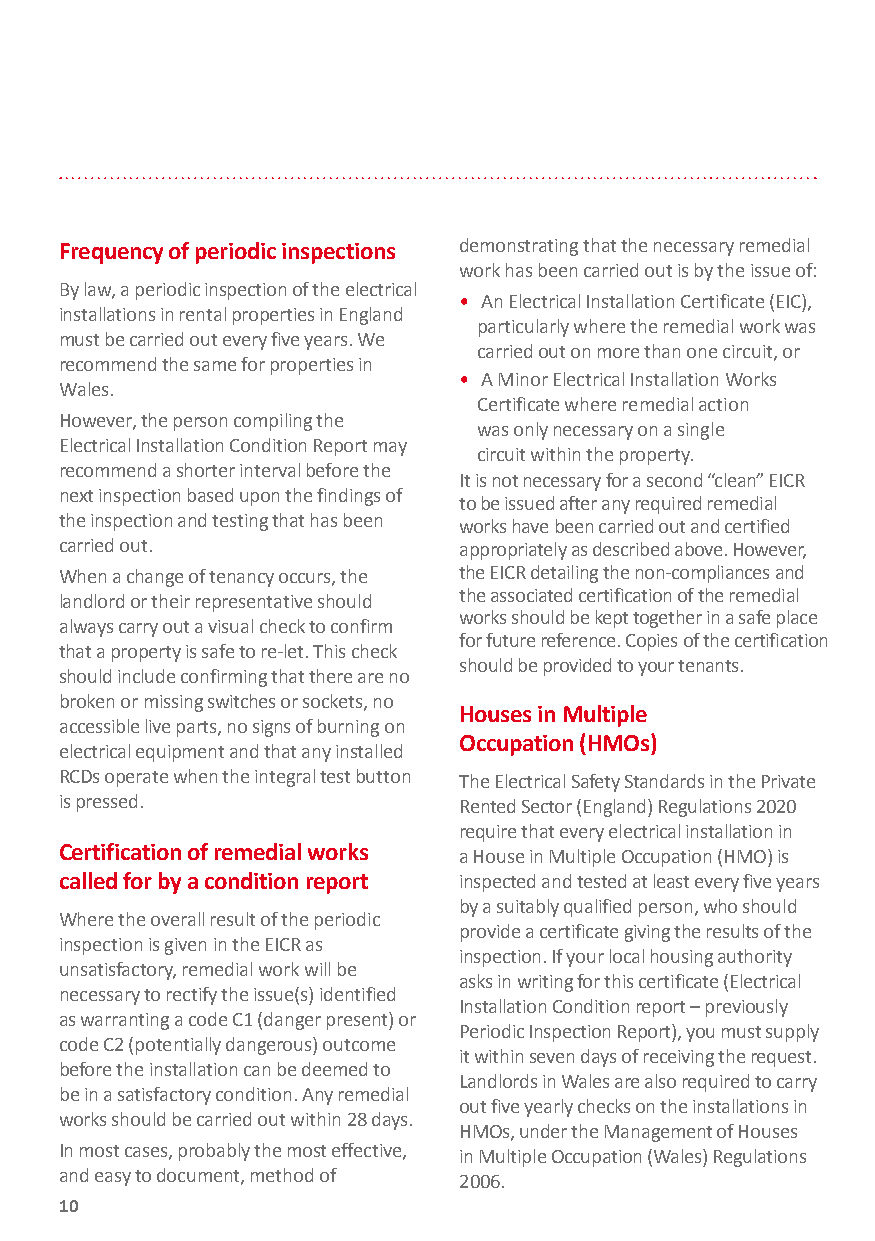
Frequency of periodic inspections demonstrating that the necessary remedial
 work has been carried out is by the issue of:
 By law, a periodic inspection of the electrical
 • An Electrical Installation Certificate (EIC),
 installations in rental properties in England
 particularly where the remedial work was
 must be carried out every five years. We
 carried out on more than one circuit, or
 recommend the same for properties in
 • A Minor Electrical Installation Works
 Wales.
 Certificate where remedial action
 However, the person compiling the
 was only necessary on a single
 Electrical Installation Condition Report may
 circuit within the property.
 recommend a shorter interval before the
 It is not necessary for a second “clean” EICR
 next inspection based upon the findings of
 to be issued after any required remedial
 the inspection and testing that has been works have been carried out and certified
 carried out.              appropriately as described above. However,
 When a change of tenancy occurs, the the EICR detailing the non-compliances and
 the associated certification of the remedial
 landlord or their representative should
 works should be kept together in a safe place
 always carry out a visual check to confirm
 for future reference. Copies of the certification
 that a property is safe to re-let. This check
 should be provided to your tenants.
 should include confirming that there are no
 broken or missing switches or sockets, no
 Houses in Multiple
 accessible live parts, no signs of burning on
 Occupation (HMOs)
 electrical equipment and that any installed
 RCDs operate when the integral test button The Electrical Safety Standards in the Private
 is pressed.               Rented Sector (England) Regulations 2020
 require that every electrical installation in
 Certification of remedial works
 a House in Multiple Occupation (HMO) is
 called for by a condition report inspected and tested at least every five years
 by a suitably qualified person, who should
 Where the overall result of the periodic
 provide a certificate giving the results of the
 inspection is given in the EICR as
 inspection. If your local housing authority
 unsatisfactory, remedial work will be
 asks in writing for this certificate (Electrical
 necessary to rectify the issue(s) identified
 Installation Condition report – previously
 as warranting a code C1 (danger present) or
 Periodic Inspection Report), you must supply
 code C2 (potentially dangerous) outcome
 it within seven days of receiving the request.
 before the installation can be deemed to
 Landlords in Wales are also required to carry
 be in a satisfactory condition. Any remedial
 out five yearly checks on the installations in
 works should be carried out within 28 days.
 HMOs, under the Management of Houses
 In most cases, probably the most effective,
 in Multiple Occupation (Wales) Regulations
 and easy to document, method of
 2006.
 10